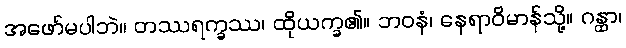
အဖော်မပါဘဲ။ တဿရက္ခဿ၊ ထိုယက္ခ၏။ ဘဝနံ၊ နေရာဝိမာန်သို့။ ဂန္ထာ၊